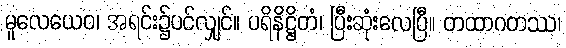
မူလေယေဝ၊ အရင်း၌ပင်လျှင်။ ပရိနိဋ္ဌိတံ၊ ပြီးဆုံးလေပြီ။ တထာဂတဿ၊